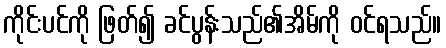
ကိုင်းပင်ကို ဖြတ်၍ ခင်ပွန်းသည်၏အိမ်ကို ဝင်ရသည်။